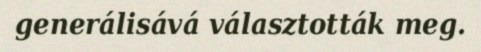
generálisává választották meg.